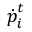
\boldsymbol { \dot { p } } _ { i } ^ { t }